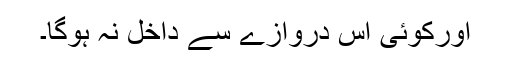
اورکوئی اس دروازے سے داخل نہ ہوگا۔